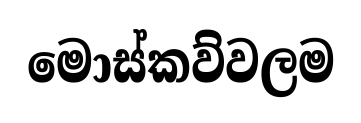
මොස්කව්වලම